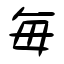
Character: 毎